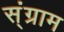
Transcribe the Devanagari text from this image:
स्ंग्राम